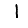
Digit: 1